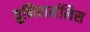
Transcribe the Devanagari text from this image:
युनिवार्सलिस